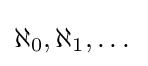
\aleph _{0},\aleph _{1},\dots